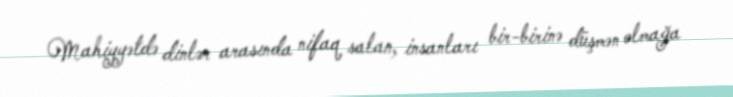
Mahiyyətdə dinlər arasında nifaq salan, insanları bir-birinə düşmən olmağa